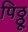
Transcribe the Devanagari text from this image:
पिठ्ठू